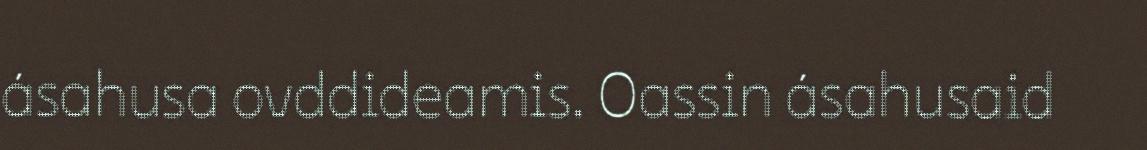
ásahusa ovddideamis. Oassin ásahusaid